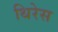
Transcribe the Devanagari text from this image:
थिरेस